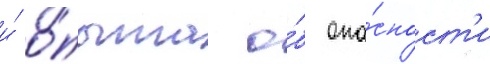
и́ о́пыта о́б опа́сност'и